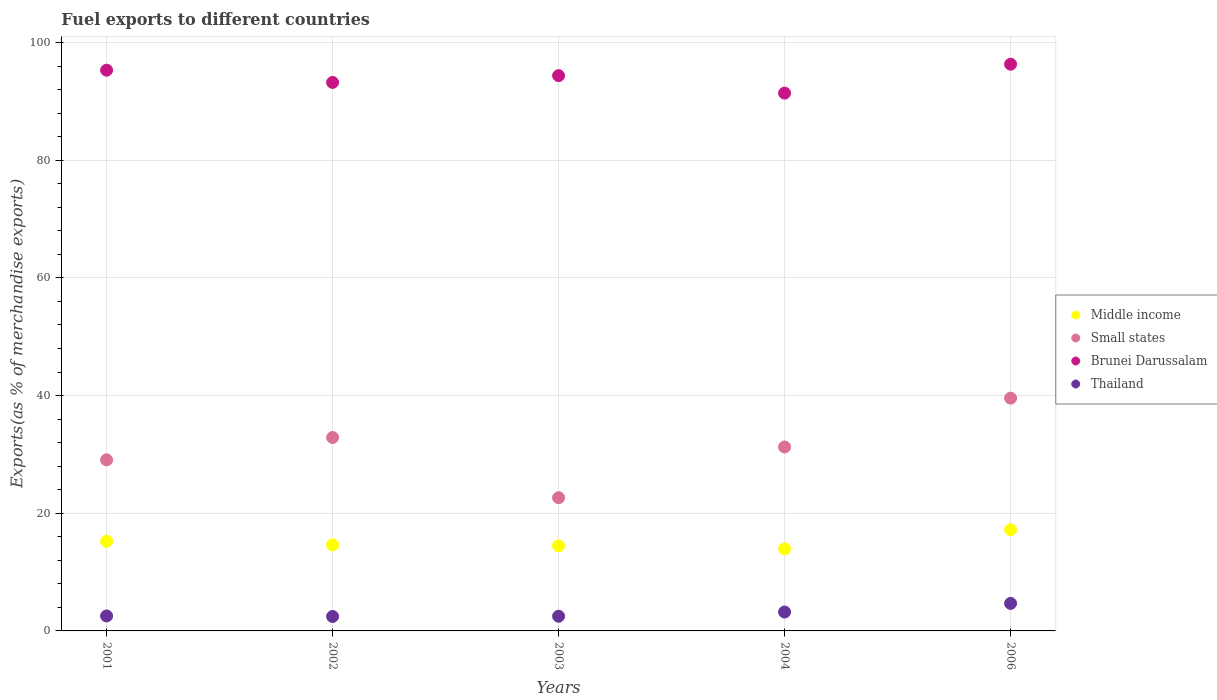
| Years | Middle income | Small states | Brunei Darussalam | Thailand |
 | --- | --- | --- | --- | --- |
 | 2001 | 15.2 | 29.1 | 95.3 | 2.54 |
 | 2002 | 14.6 | 32.9 | 93.2 | 2.46 |
 | 2003 | 14.5 | 22.6 | 94.4 | 2.5 |
 | 2004 | 14 | 31.3 | 91.4 | 3.21 |
 | 2006 | 17.2 | 39.6 | 96.3 | 4.68 |